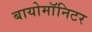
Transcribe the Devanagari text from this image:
बायोमाॅनिटर